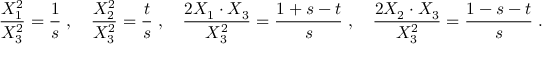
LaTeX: { \frac { X _ { 1 } ^ { 2 } } { X _ { 3 } ^ { 2 } } } = { \frac { 1 } { s } } \; , \quad { \frac { X _ { 2 } ^ { 2 } } { X _ { 3 } ^ { 2 } } } = { \frac { t } { s } } \; , \quad { \frac { 2 X _ { 1 } \cdot X _ { 3 } } { X _ { 3 } ^ { 2 } } } = { \frac { 1 + s - t } { s } } \; , \quad { \frac { 2 X _ { 2 } \cdot X _ { 3 } } { X _ { 3 } ^ { 2 } } } = { \frac { 1 - s - t } { s } } \; .